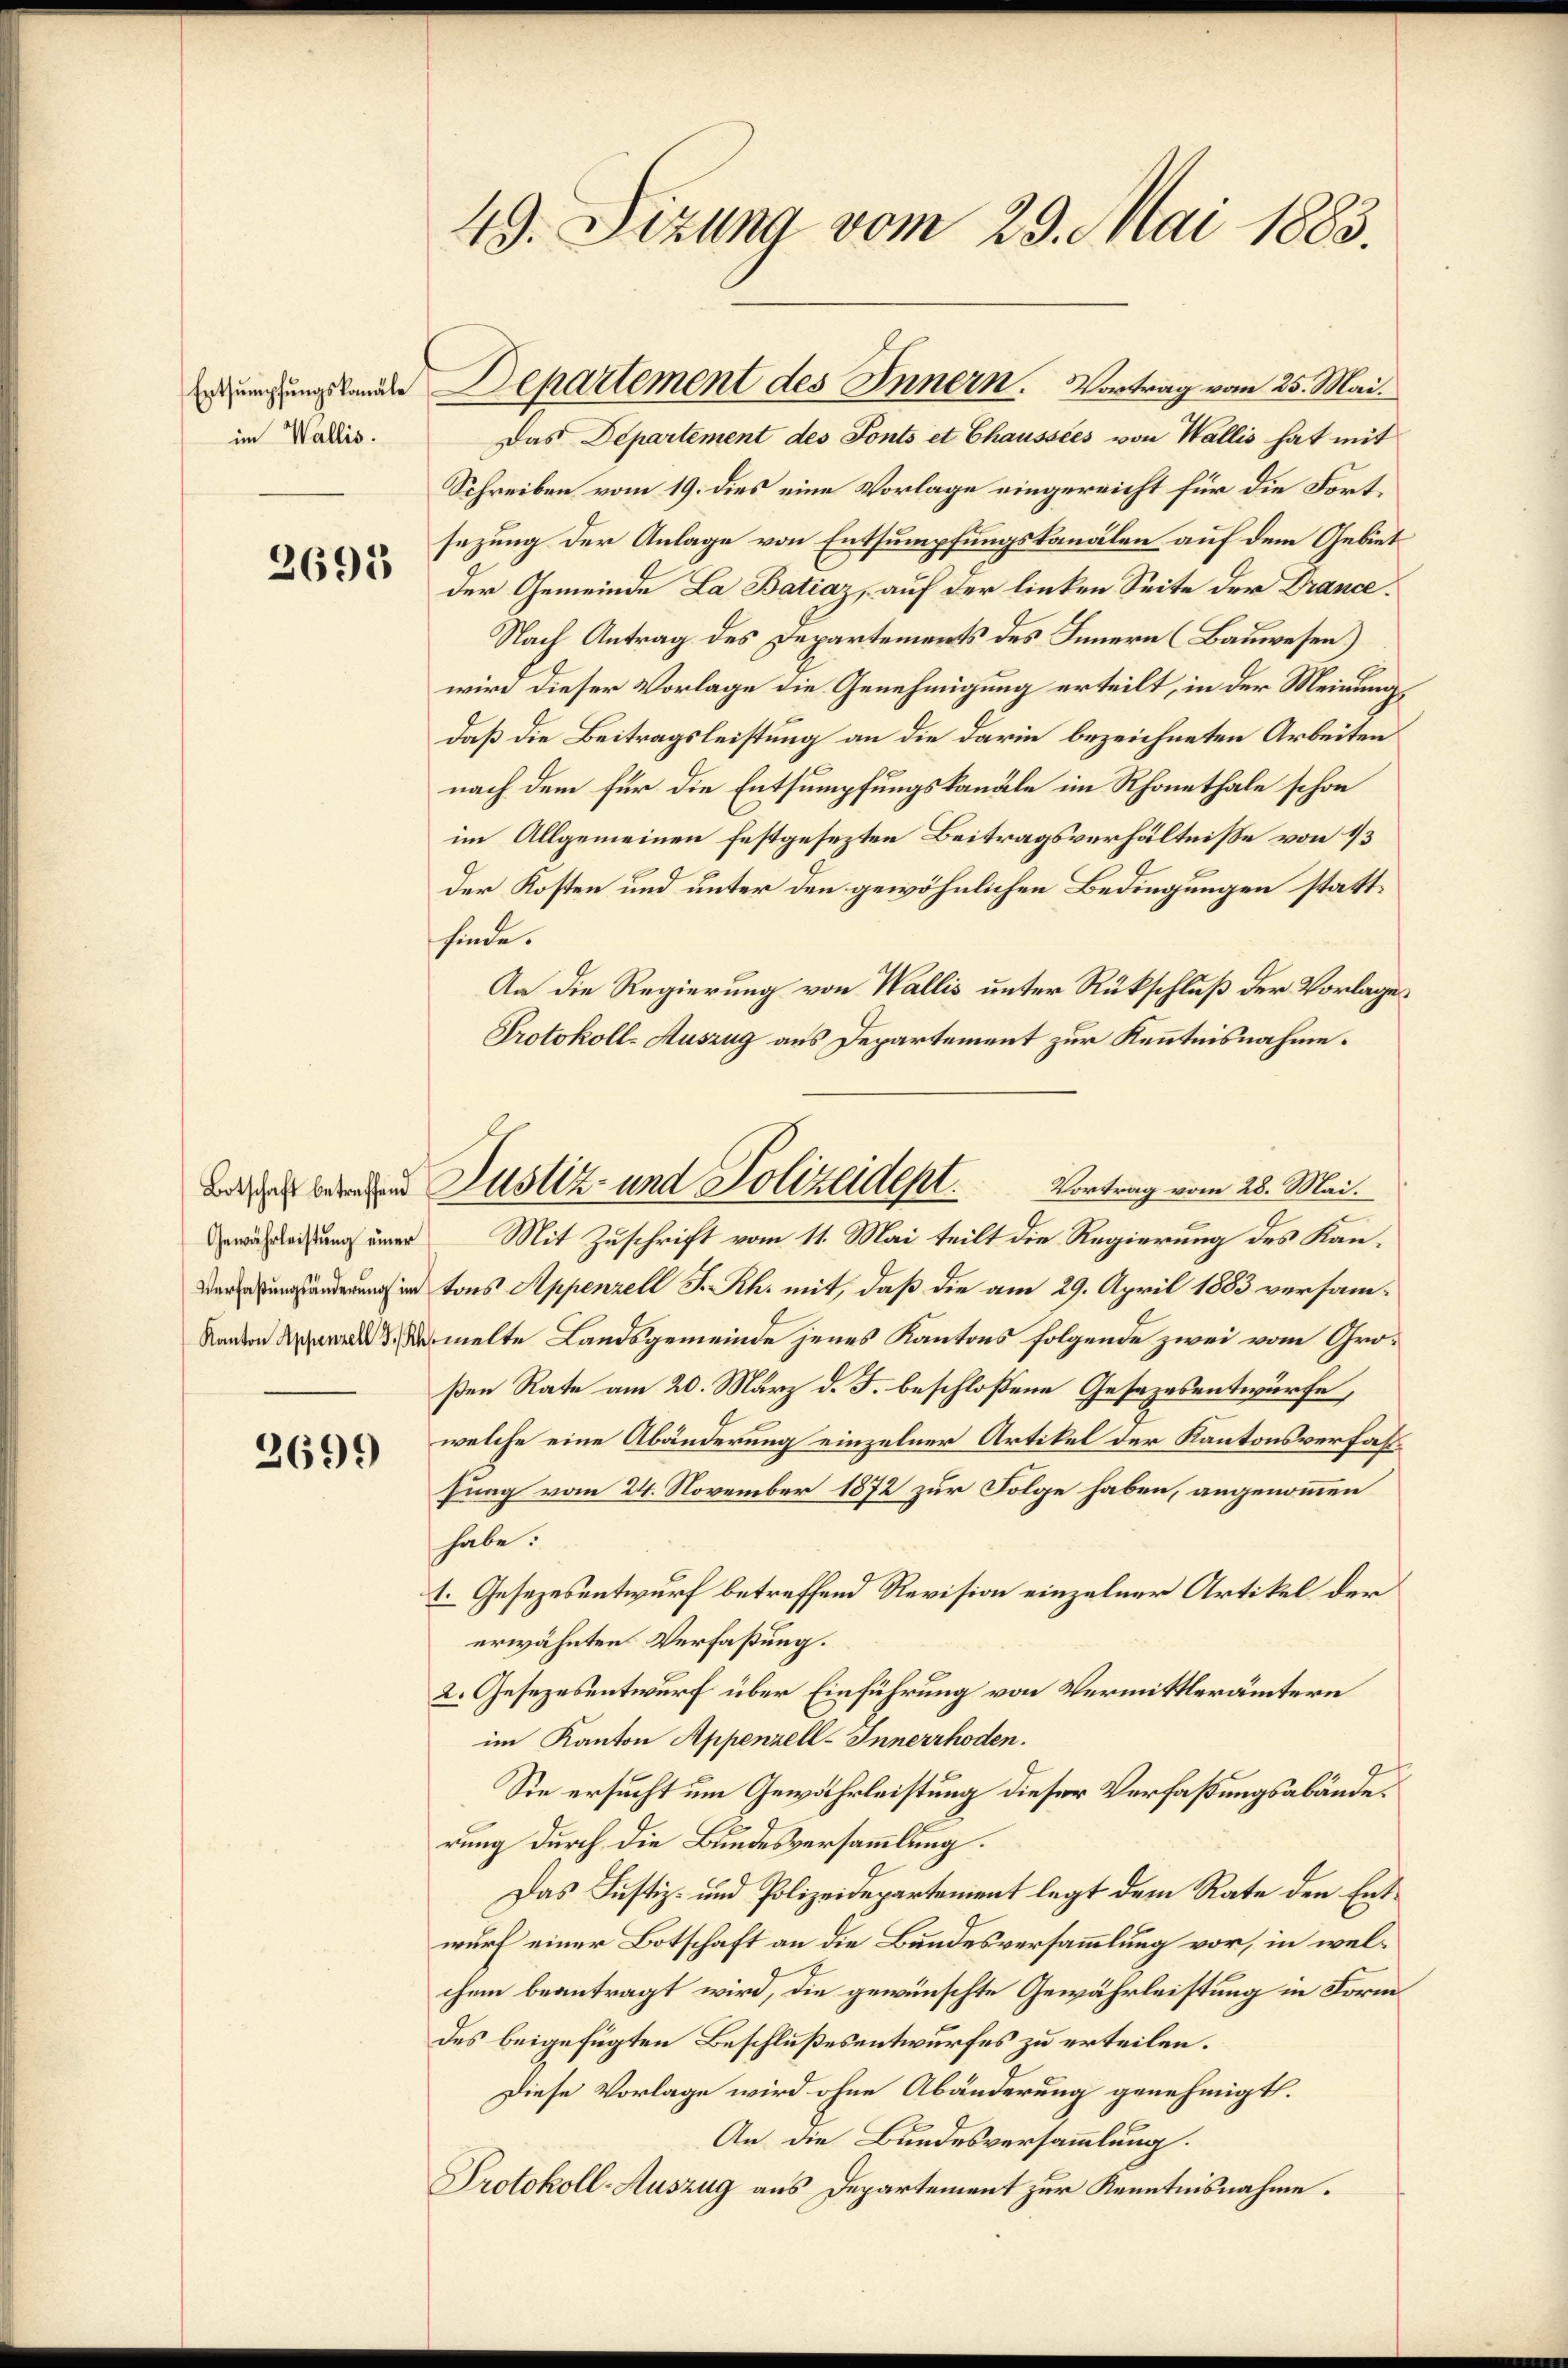
im Wallis.

2695

2699

49. Sizung vom 29. Mai 1883.

Das Departement des Fonts et Chaussées von Wallis hat mit
Schreiben vom 19. dies eine Vorlage eingereicht für die Fortsezung der Anlage von Entsumpfungskanalen auf dem Gebiet
der Gemeinde La Batiaz, auf der linken Seite der Drance.
Nach Antrag des Departements des Innern (Bauwesen)
wird dieser Vorlage die Genehmigung erteilt, in der Meinung,
daß die Beitragsleistung an die darin bezeichneten Arbeiten
nach dem für die Entsumpfungskanäle im Rhonethale schon
im Allgemeinen festgesezten Beitragsverhältnisse von 13
der Kosten und unter den gewöhnlichen Bedingungen stattfinde.
Aa die Regierung von Wallis unter Rückschluß der Vorlages
Protokoll-Auszug aus Departement zur Kenntnisnahme.
Vortrag vom 28. Mai.
Gewährleihung einer Mit Zuschrift vom 11. Mai teilt die Regierung des Kantons Appenzell I.Rh. mit, daß die am 29. April 1883 versam¬
A. Vormelte Landsgemeinde jenes Kantons folgende zwei vom Großen Rate am 20. März d. J. beschloßene Gesezesentwürfe,
welche eine Abänderung einzelner Artikel der Kantonsverfasfung vom 24. November 1872 zur Folge haben, angenommen
habe.
1. Gesezesentwurf betreffend Revision einzelner Artikel der
erwähnten Verfaßung.
2. Gesezesentwurf über Einführung von Vermittlerämtern
im Kanton Appenzell-Innerrhoden.
e
Sie ersucht um Gewährleistung dieser Verfaßungsabänderung durch die Bundesversammlung.
Das Justiz- und Polizeidepartement legt dem Rate den Entwurf einer Botschaft an die Bundesversammlung vor, in welchem beantragt wird, die gewünschte Gewährleistung in Form
des beigefügten Beschlußesentwurfes zu erteilen.
Diese Vorlage wird ohne Abänderung genehmigt.
An die Bundesversammlung.
Protokoll-Auszug aus Departement zur Kenntnisnahme.

ngungslander Departement des Innern. Vortrag vom 25. Mai.

w werden Justiz- und Polizeident.